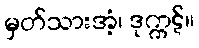
မှတ်သားအံ့၊ ဒုက္ကဋ်။